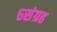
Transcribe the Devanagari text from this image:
६संग्रह